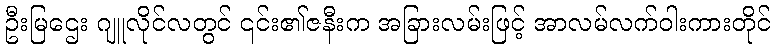
ဦးမြဌေး ဂျူလိုင်လတွင် ၎င်း၏ဇနီးက အခြားလမ်းဖြင့် အာလမ်လက်ဝါးကားတိုင်